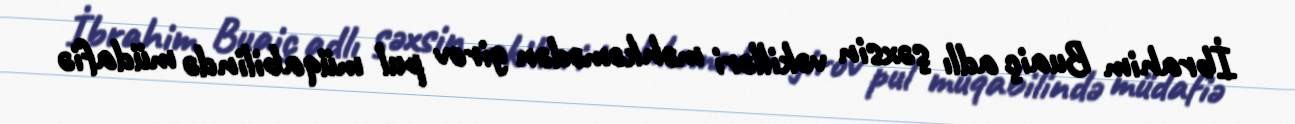
İbrahim Buaiç adlı şəxsin vəkilləri məhkəmədən girov pul müqabilində müdafiə